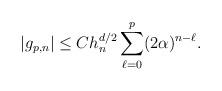
LaTeX: \begin{align*}|g_{p,n}| \leq C h_{n}^{d/2} \sum_{\ell = 0}^{p} (2\alpha)^{n-\ell}.\end{align*}